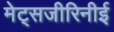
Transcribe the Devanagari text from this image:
मेट्सजीरिनीई